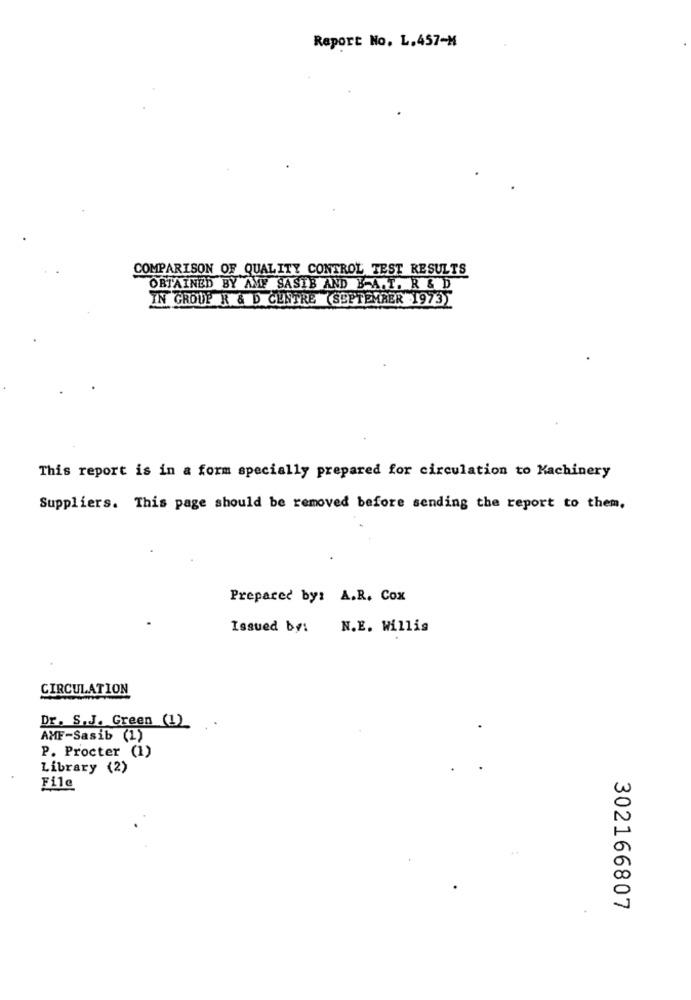
Report No. L.457-M
COMPARISON OF QUALITY CONTROL TEST RESULTS
OBTAINED BY AMF SASTB AND B-A.T. R & D
IN GROUP R & D CENTRE (SEPTEMBER 1973)
This report is in a form specially prepared for circulation to Machinery
Suppliers. This page should be removed before sending the report to them,
Prepared by: A.R. Cox
Issued by: N.E. Willis
CIRCULATION
Dr. S.J. Green (1)
AMF-Sasib (1)
P. Procter (1)
Library (2)
File
302166807